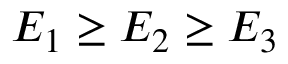
E _ { 1 } \geq E _ { 2 } \geq E _ { 3 }